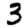
Digit: 3